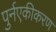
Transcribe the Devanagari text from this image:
पुर्नएकीकरण